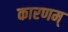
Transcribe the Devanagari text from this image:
कारणम्